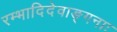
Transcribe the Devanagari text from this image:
रम्भादिदेवाङ्गनाः